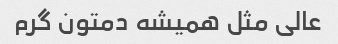
عالی مثل همیشه دمتون گرم